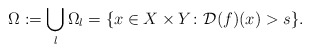
\begin{align*} \Omega:=\bigcup_l \Omega_l=\{x\in X\times Y\colon \mathcal{D}(f)(x)>s\}.\end{align*}